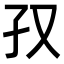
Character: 𫲡